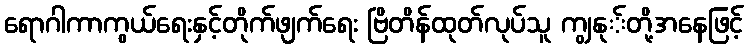
ရောဂါကာကွယ်ရေးနှင့်တိုက်ဖျက်ရေး ဗြိတိန်ထုတ်လုပ်သူ ကျွနု်တို့အနေဖြင့်